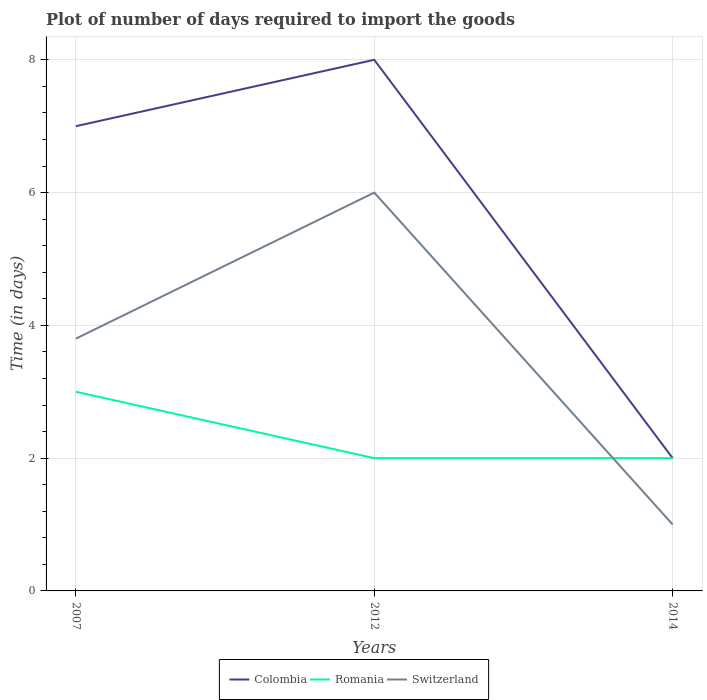
| Years | Colombia | Romania | Switzerland |
 | --- | --- | --- | --- |
 | 2007 | 7 | 3 | 3.8 |
 | 2012 | 8 | 2 | 6 |
 | 2014 | 2 | 2 | 1 |